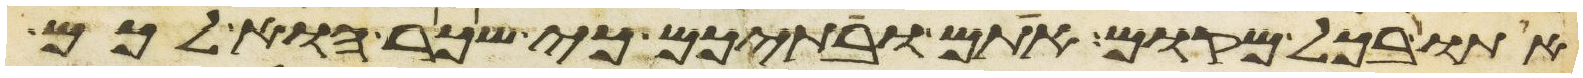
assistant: אתו בכל מקום אתם ובתיכם כי שכר הוא לכם